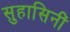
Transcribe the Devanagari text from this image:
सुहासिनीं